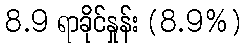
8.9 ရာခိုင်နှုန်း (8.9%)